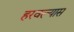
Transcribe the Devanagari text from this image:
हरवल्यास